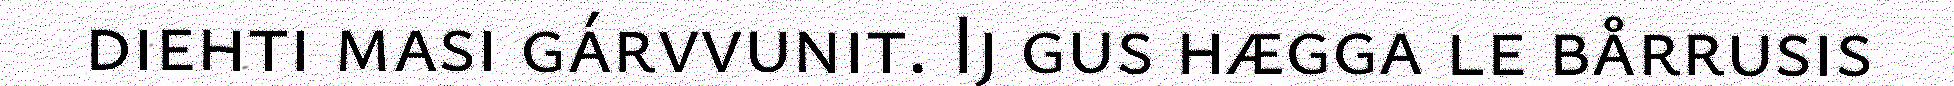
diehti masi gárvvunit. Ij gus hægga le bårrusis